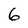
Character: 6